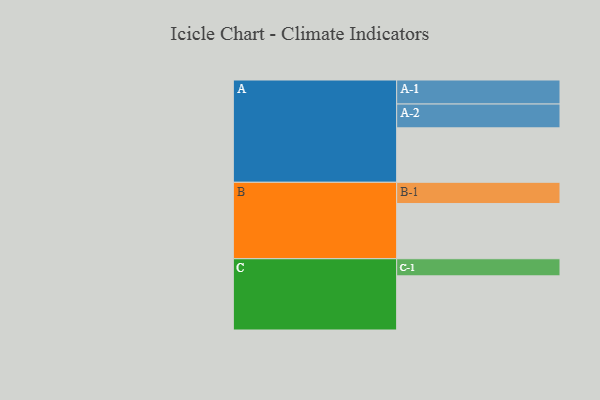
{"axis": {"x": "Segment", "y": "Value"}, "legend": ["", "A", "B", "C"], "data": [{"x": "A", "y": 544, "type": ""}, {"x": "B", "y": 552, "type": ""}, {"x": "C", "y": 541, "type": ""}, {"x": "A-1", "y": 240, "type": "A"}, {"x": "A-2", "y": 238, "type": "A"}, {"x": "B-1", "y": 212, "type": "B"}, {"x": "C-1", "y": 171, "type": "C"}]}